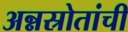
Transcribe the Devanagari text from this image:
अन्नस्रोतांची